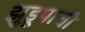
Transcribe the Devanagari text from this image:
झुडूपाची